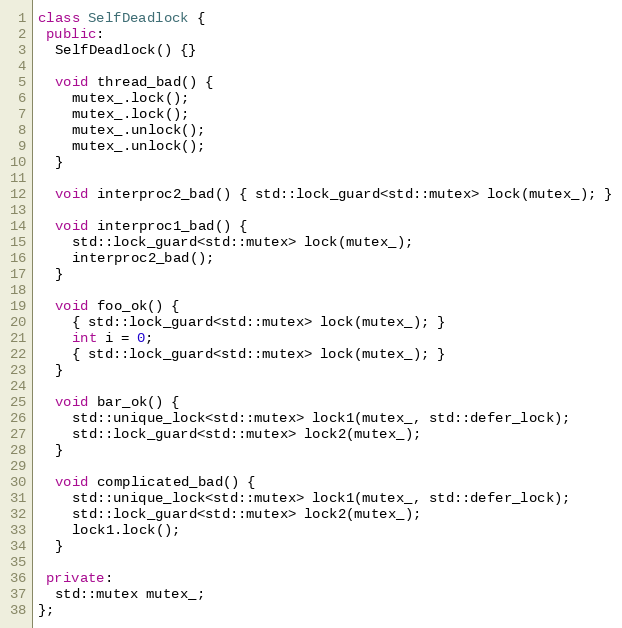
Language: C++
class SelfDeadlock {
 public:
  SelfDeadlock() {}

  void thread_bad() {
    mutex_.lock();
    mutex_.lock();
    mutex_.unlock();
    mutex_.unlock();
  }

  void interproc2_bad() { std::lock_guard<std::mutex> lock(mutex_); }

  void interproc1_bad() {
    std::lock_guard<std::mutex> lock(mutex_);
    interproc2_bad();
  }

  void foo_ok() {
    { std::lock_guard<std::mutex> lock(mutex_); }
    int i = 0;
    { std::lock_guard<std::mutex> lock(mutex_); }
  }

  void bar_ok() {
    std::unique_lock<std::mutex> lock1(mutex_, std::defer_lock);
    std::lock_guard<std::mutex> lock2(mutex_);
  }

  void complicated_bad() {
    std::unique_lock<std::mutex> lock1(mutex_, std::defer_lock);
    std::lock_guard<std::mutex> lock2(mutex_);
    lock1.lock();
  }

 private:
  std::mutex mutex_;
};